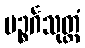
ပဉ္စင်္ဂသုတ္တံ